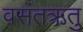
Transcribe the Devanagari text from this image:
वसंतऋतु